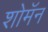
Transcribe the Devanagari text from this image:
शोमॅन